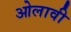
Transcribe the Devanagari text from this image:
ओलावी